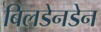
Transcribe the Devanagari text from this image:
बिलडेनडेन